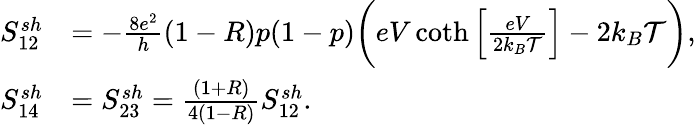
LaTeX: \begin{array}{rl}{S_{12}^{sh}}&{=-\frac{8e^{2}}{h}(1-R)p(1-p)\bigg(eV\coth\left[\frac{eV}{2k_{B}\mathcal{T}}\right]-2k_{B}\mathcal{T}\bigg),}\\ {S_{14}^{sh}}&{=S_{23}^{sh}=\frac{(1+R)}{4(1-R)}S_{12}^{sh}.}\end{array}